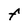
Character: F